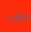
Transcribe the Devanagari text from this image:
८४२५